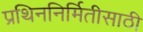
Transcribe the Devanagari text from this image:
प्रथिननिर्मितीसाठी